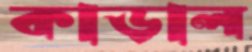
কাড়াল